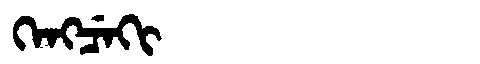
Manchu: ᡴᡝᠩᠴᡝᡴᡳ
Romanization: KENGCEKI